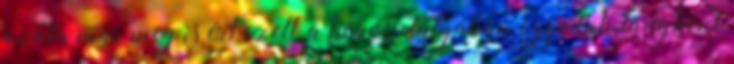
azóta már meg is érkezett, a korosztályában egyedüli lányként